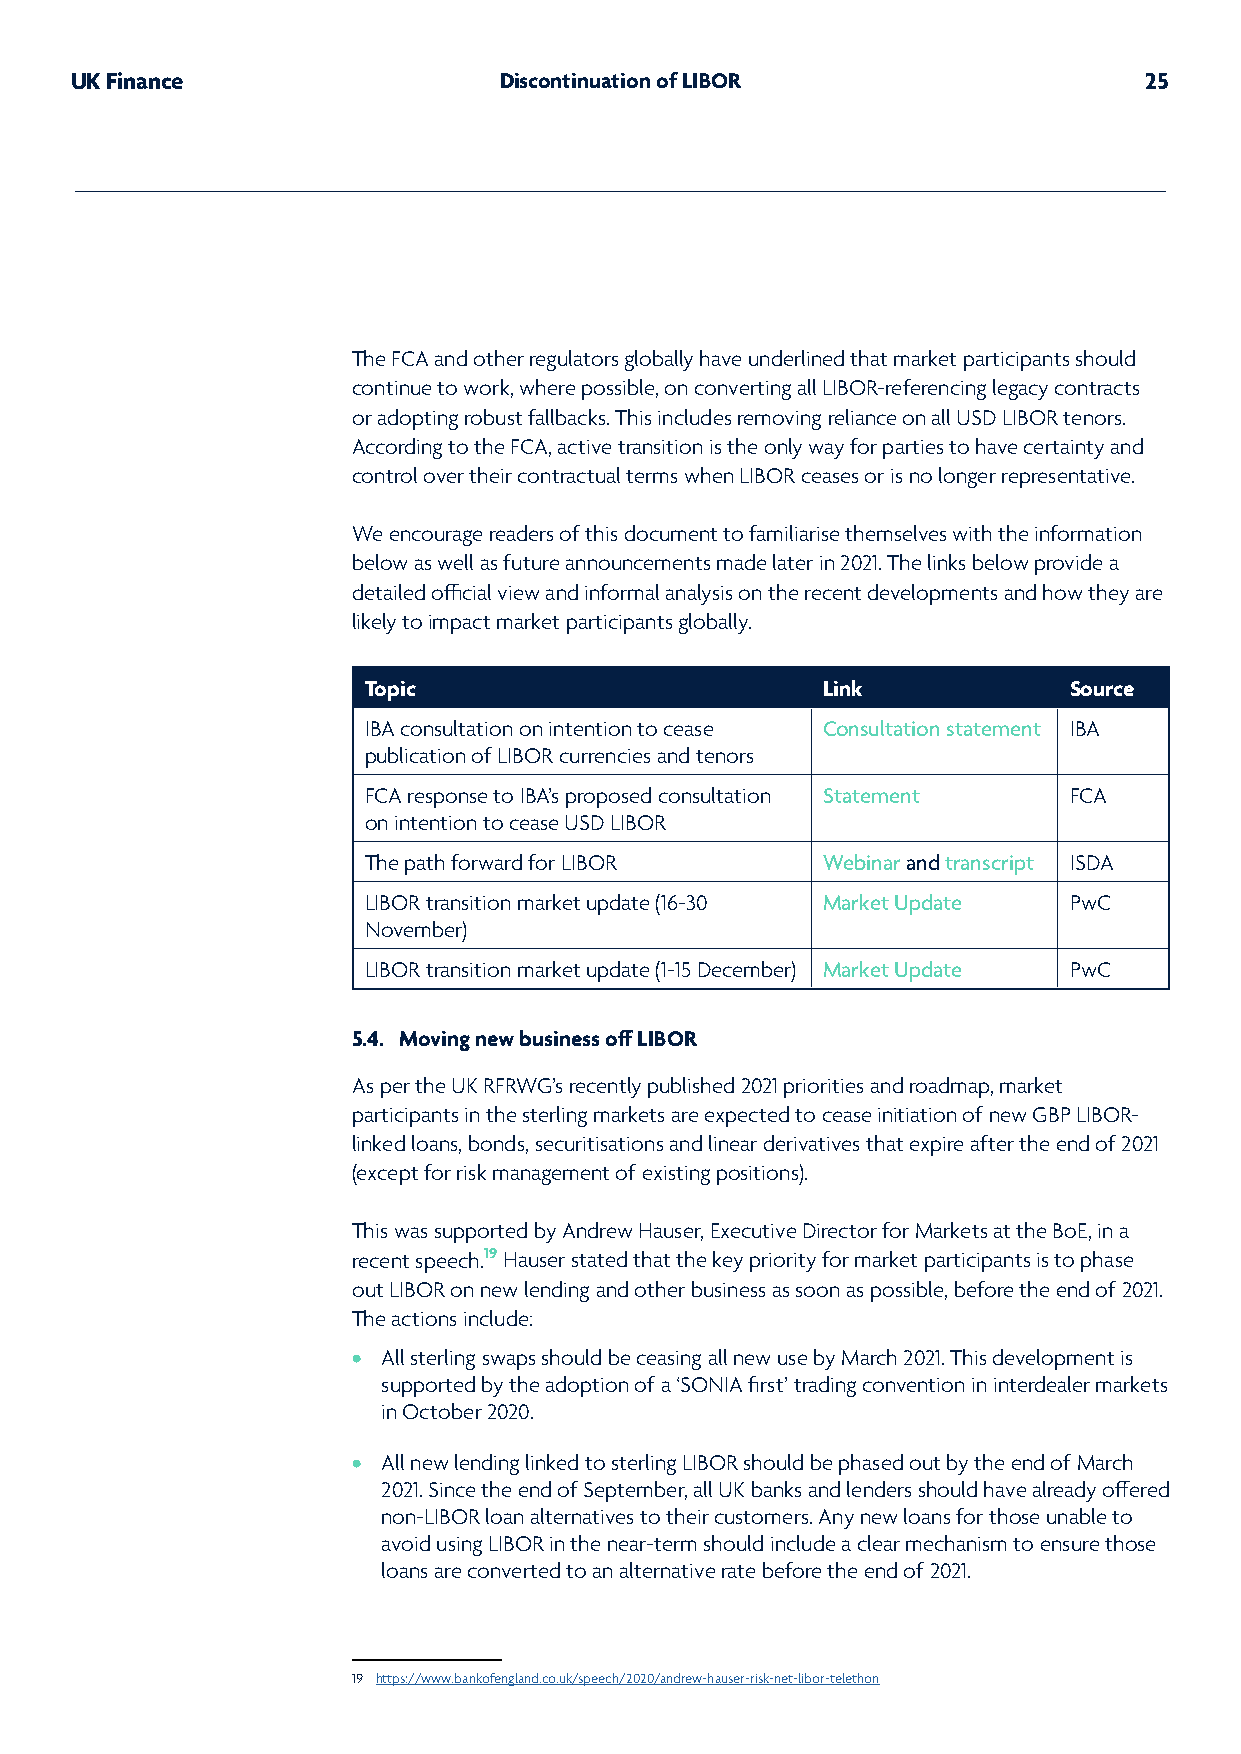
UK Finance                  Discontinuation of LIBOR                   25
 The FCA and other regulators globally have underlined that market participants should
 continue to work, where possible, on converting all LIBOR-referencing legacy contracts
 or adopting robust fallbacks. This includes removing reliance on all USD LIBOR tenors.
 According to the FCA, active transition is the only way for parties to have certainty and
 control over their contractual terms when LIBOR ceases or is no longer representative.
 We encourage readers of this document to familiarise themselves with the information
 below as well as future announcements made later in 2021. The links below provide a
 detailed official view and informal analysis on the recent developments and how they are
 likely to impact market participants globally.
 Topic                         Link             Source
 IBA consultation on intention to cease Consultation statement IBA
 publication of LIBOR currencies and tenors
 FCA response to IBA’s proposed consultation Statement FCA
 on intention to cease USD LIBOR
 The path forward for LIBOR    Webinar and transcript ISDA
 LIBOR transition market update (16-30 Market Update PwC
 November)
 LIBOR transition market update (1-15 December) Market Update PwC
 5.4. Moving new business off LIBOR
 As per the UK RFRWG’s recently published 2021 priorities and roadmap, market
 participants in the sterling markets are expected to cease initiation of new GBP LIBOR-
 linked loans, bonds, securitisations and linear derivatives that expire after the end of 2021
 (except for risk management of existing positions).
 This was supported by Andrew Hauser, Executive Director for Markets at the BoE, in a
 recent speech.19 Hauser stated that the key priority for market participants is to phase
 out LIBOR on new lending and other business as soon as possible, before the end of 2021.
 The actions include:
 • All sterling swaps should be ceasing all new use by March 2021. This development is
 supported by the adoption of a ‘SONIA first’ trading convention in interdealer markets
 in October 2020.
 • All new lending linked to sterling LIBOR should be phased out by the end of March
 2021. Since the end of September, all UK banks and lenders should have already offered
 non-LIBOR loan alternatives to their customers. Any new loans for those unable to
 avoid using LIBOR in the near-term should include a clear mechanism to ensure those
 loans are converted to an alternative rate before the end of 2021.
 19 https://www.bankofengland.co.uk/speech/2020/andrew-hauser-risk-net-libor-telethon